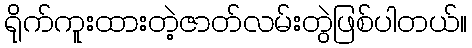
ရိုက်ကူးထားတဲ့ဇာတ်လမ်းတွဲဖြစ်ပါတယ်။